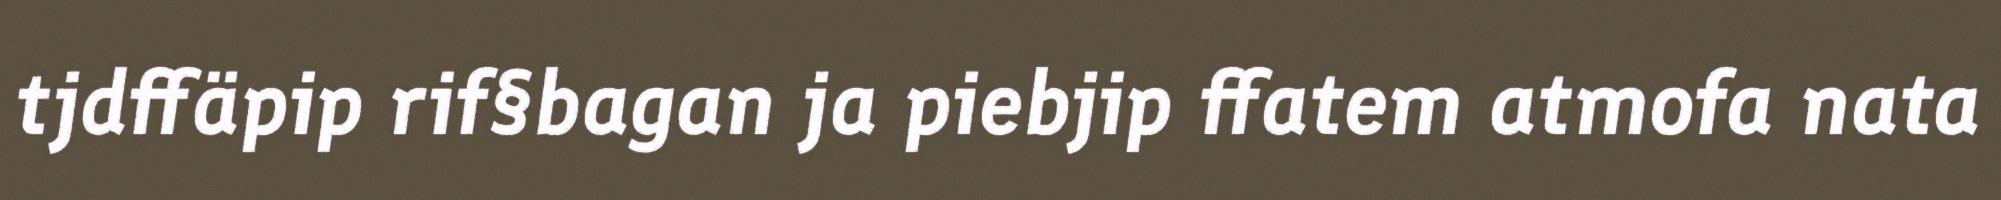
tjdffäpip rif§bagan ja piebjip ffatem atmofa nata